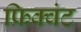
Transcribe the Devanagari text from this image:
फ्रिक्वंट